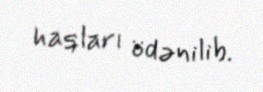
haqları ödənilib.